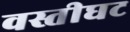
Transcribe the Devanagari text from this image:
वस्तीघट